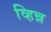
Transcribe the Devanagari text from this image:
व्हिन्न